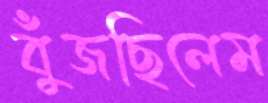
বুঁজছিলেম